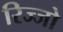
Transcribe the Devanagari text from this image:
रिज्‍जो